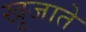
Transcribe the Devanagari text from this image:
खुजाते